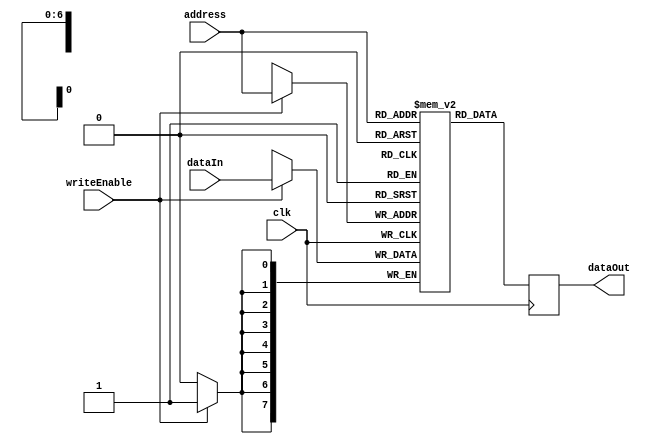
module DataMemory(clk, dataOut, address, writeEnable, dataIn);
parameter addresswidth = 7;
parameter depth = 2**addresswidth;
parameter width = 8;

output reg [width-1:0]  dataOut;

input clk;
input [addresswidth-1:0]    address;
input writeEnable;
input[width-1:0]    dataIn;

reg [width-1:0] memory [depth-1:0];

always @(posedge clk) begin
    if(writeEnable)
        memory[address] <= dataIn;
		dataOut <= memory[address];
    end

endmodule